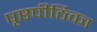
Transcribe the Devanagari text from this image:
पृष्ठपीठिका